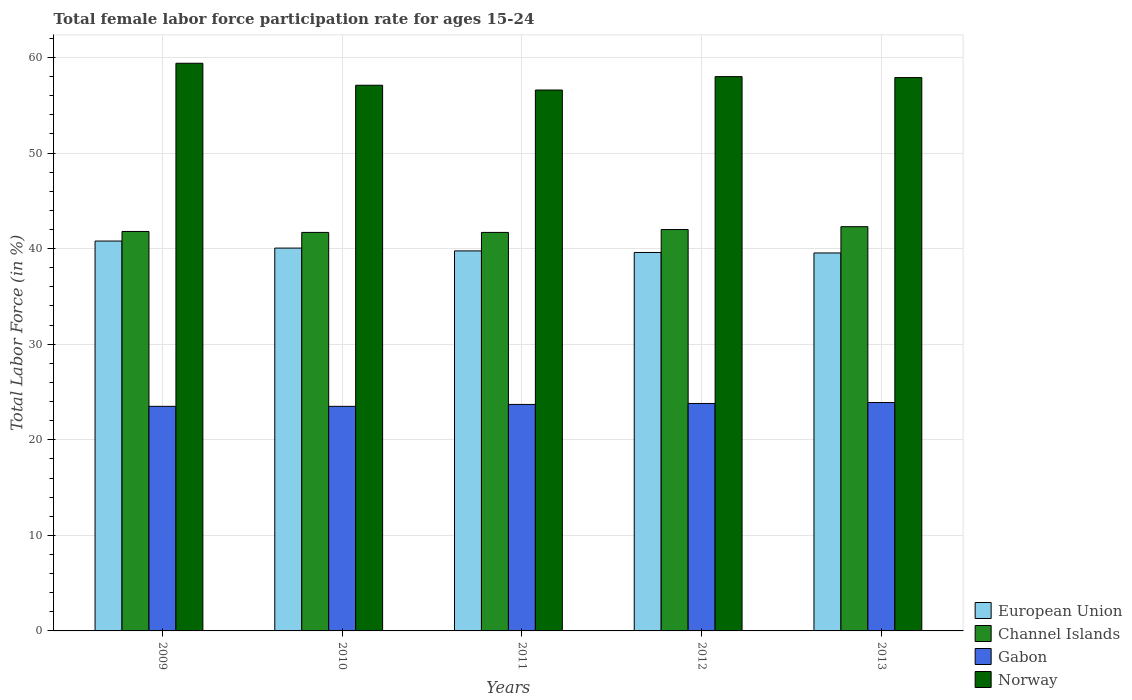
| Years | European Union | Channel Islands | Gabon | Norway |
 | --- | --- | --- | --- | --- |
 | 2009 | 40.8 | 41.8 | 23.5 | 59.4 |
 | 2010 | 40.1 | 41.7 | 23.5 | 57.1 |
 | 2011 | 39.8 | 41.7 | 23.7 | 56.6 |
 | 2012 | 39.6 | 42 | 23.8 | 58 |
 | 2013 | 39.5 | 42.3 | 23.9 | 57.9 |